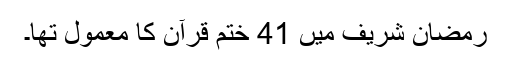
رمضان شریف میں 41 ختم قرآن کا معمول تھا۔